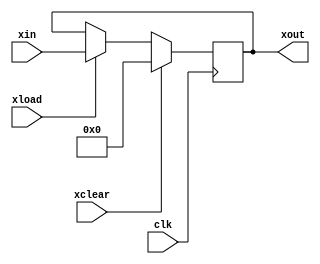
//myreg
module myreg 
# (parameter  W=8)
(input [W-1:0] xin, input xload, input xclear, input clk, output reg [W-1:0] xout);

always @ (posedge clk) begin
  if(xclear)
  xout = 0;
  else if (xload)
        xout = xin;
end

endmodule 



// initreg, register only for initial 
module initreg
# (parameter W=8)
(input [W-1:0] xin,input [W-1:0] xit,input xload,input xinit, input xclear, input clk, output reg [W-1:0] xout);

always @ (posedge clk) begin
  if(xclear)
  xout = 0;
  else if (xload)
        xout = xin;
  else if(xinit)
        xout= xinit;
end

endmodule




//subtract
module subtract
# (parameter W=8)
(input [W-1:0] in1, input[W-1:0] in2, output reg [W-1:0] out);
	always @(*) begin
		out=in1-in2;
	end
endmodule


//counter
module counter
# (parameter W=8)
(input  [W-1:0] in1, output reg[W-1:0] out);
	always @(*) begin
		out=in1+1;
	end
endmodule


//comparator
module comparator 
# (parameter W = 8)
(input [W-1:0] dor, input [W-1:0] rem, output reg done);

always @ (*) begin
  done = 0;
  //if rem < dnd, done. 
  if (rem<dor)
    done=1;
end

endmodule


//Finiate State Machine
module myfsm (input clk, input rst, input done, 
              output reg xload, output reg lrst,
              output reg lload, output reg linit, 
              output reg irst, output reg iload);


reg [2:0] cur_state, next_state;

localparam START=0,BUSY=1,STOP=2;
always @ (posedge clk, posedge rst) begin
  if (rst) 
     cur_state <= START;
  else 
     cur_state <= next_state;
end
 

always @(*) begin
  next_state = cur_state;
  xload=0;  lrst=0; lload=0; linit=0; irst=0; iload=0;
  case (cur_state)
 
     START:  begin
     	
      lrst=1;irst=1;
      //allow to load x reg, ireg, and initial lreg
      xload=1; linit=1; iload=1; 
        if(!done) next_state=BUSY;
     end
 
     BUSY: begin
         //xload=0; yload=1;outload=1; iload=1;
         xload=0; lload=1; iload=1;
         if(done) next_state=STOP;
     end

     STOP : begin
         //xload=0;yload=0;outload=0;iload=0;

     end
     default :
     begin
     	
     end


  endcase
end
endmodule



//divider, connect modules.
module divider

# (parameter W=8)
(input [W-1:0] dor, input[W-1:0] dnd, input clk, input rst, output done, output [W-1:0] quotient, output [W-1:0] remainder);
//*******subtract
//xreg
wire [W-1:0] xout;
wire xload;
//subtract
wire [W-1:0] result;
//lreg
wire [W-1:0] lout;
wire lrst,lload, linit;
//comparator
wire cmp_out;

//*******counter
//counter
wire [W-1:0] i;
//ireg
wire irst,iload;
wire [W-1:0] iout;


assign done = cmp_out ;
assign quotient = iout;
assign remainder=lout;
//*******subtract
//xreg
myreg #(W) xreg(dor, xload, cmp_out,clk, xout);
//subtract
subtract #(W) mysub (xout,lout, result);
//outReg
initreg #(W) lreg(result, dnd,lload,linit,lrst,clk,lout);
//cmp
comparator #(W) cmp(xout, lout, cmp_out);

//*******counter
//counter
counter #(W) ct(iout, i);
//ireg
myreg #(W) ireg(i,iload,irst,clk,iout);

myfsm fsm   ( clk,rst, cmp_out, 
               xload,  lrst,
               lload,  linit, 
              irst, iload);


endmodule